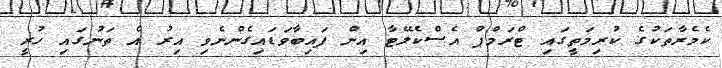
ކެމެރާތަކުގެ ކުރިމަތީގައި ޓްރަމްޕް އެސްކެލޭޓާ އިން ފައިބާވަޑައިގެންނެވި އިރު އެ ތަނުގައި ހުރީ